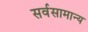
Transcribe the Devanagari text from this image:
सर्वसामान्‍य